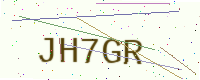
Text: JH7GR